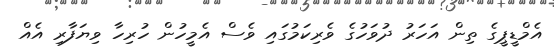
އެމްޑީޕީގެ ތިން އަހަރު ދުވަހުގެ ވެރިކަމުގައި ވެސް އެމީހުން ހުރިހާ ވިޔަފާރި އެއް